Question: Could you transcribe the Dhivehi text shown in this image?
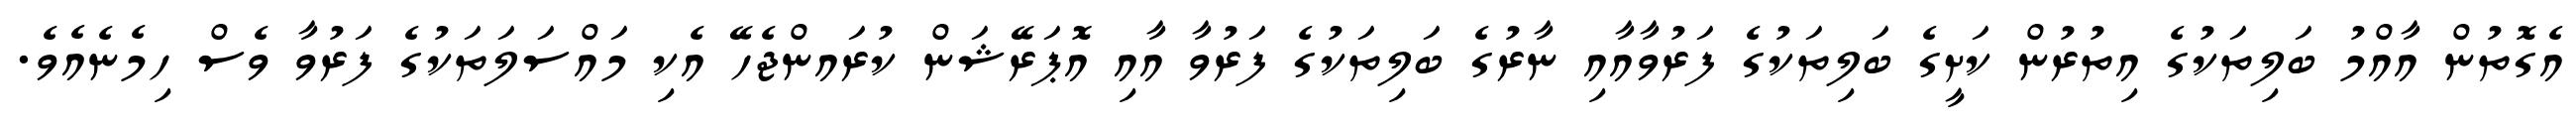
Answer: އެގޮތުން އާއްމު ބަލިތަކުގެ އިތުރުން ކަށީގެ ބަލިތަކުގެ ފަރުވާއާއި ނާރުގެ ބަލިތަކުގެ ފަރުވާ އާއި އޮޕަރޭޝަން ކުރައންޖެހޭ އެކި މައްސަލަތަކުގެ ފަރުވާ ވެސް ހިމެނެއެވެ.